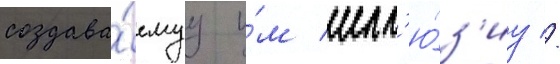
создава́емуу и́м илл'ю́з'иу //